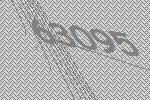
63095